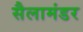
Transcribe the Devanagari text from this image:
सैलामंडर